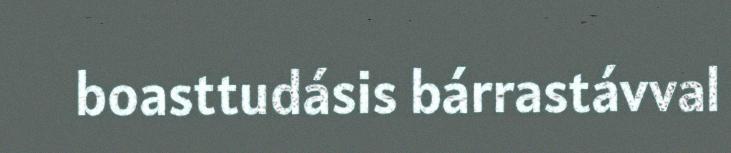
boasttudásis bárrastávval